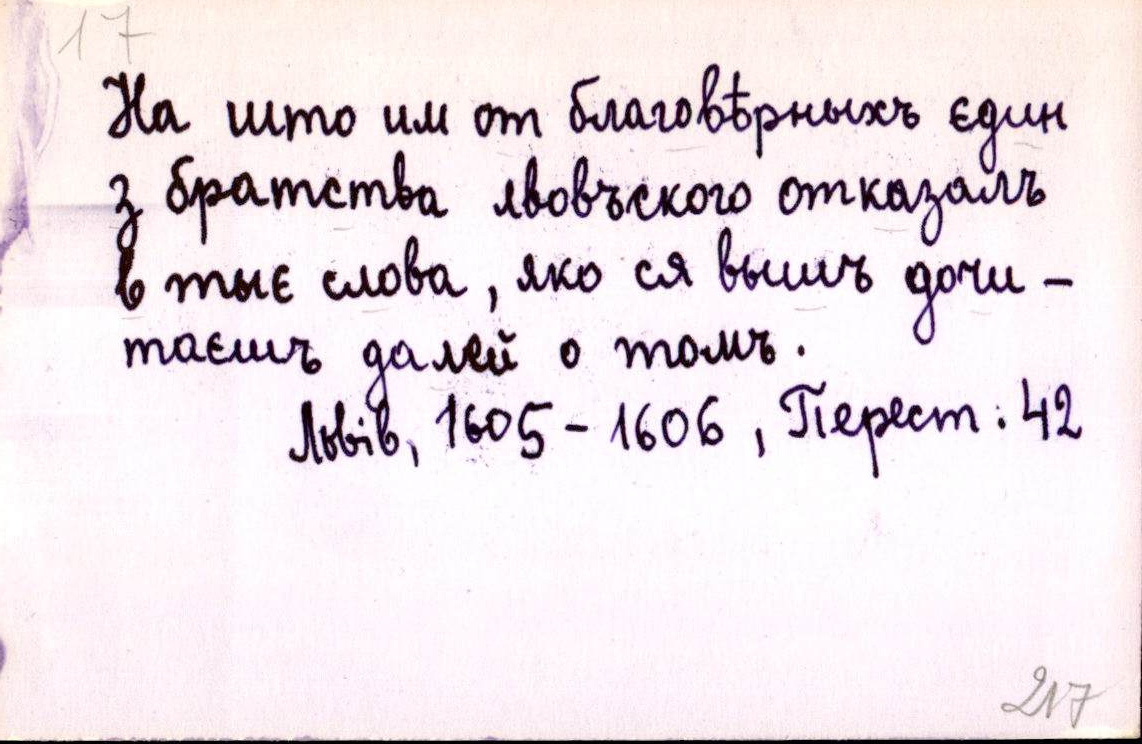
На што им от благовѣрныхъ єдин
з братства лвовъского отказалъ
в тыє слова, яко ся вышъ дочи-
таєшъ далей о томъ.
Львів, 1605-1606, Перест. 42